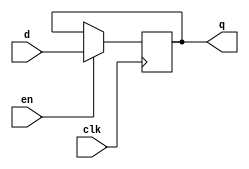
`timescale 1ns / 1ps
//////////////////////////////////////////////////////////////////////////////////
// Company: 
// Engineer: 
// 
// Design Name: 
// Module Name: dff_en
// Project Name: 
// Target Devices: 
// Tool Versions: 
// Description: 
// 
// Dependencies: 
// 
// Revision:
// Revision 0.01 - File Created
// Additional Comments:
// 
//////////////////////////////////////////////////////////////////////////////////


module dff_en(
    input wire d,
    input wire clk,
    input wire en,
    output reg q
    );
    always@(posedge clk)begin
        if(en)begin
            q<=d;
        end
    end
endmodule